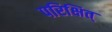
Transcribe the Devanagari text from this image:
परिक्षित्